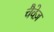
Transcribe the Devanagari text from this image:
चैवेज़